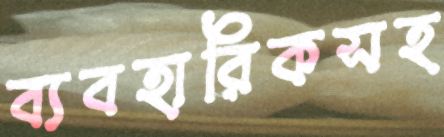
ব্যবহারিকসহ